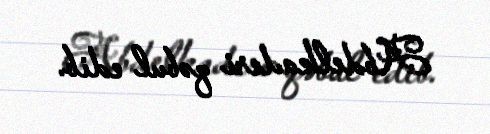
Abdelkaderi qəbul edib.